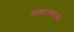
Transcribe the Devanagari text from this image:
नाकारणाऱ्या